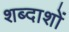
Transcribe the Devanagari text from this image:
शब्दाशों